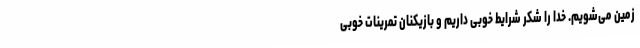
زمین می‌شویم. خدا را شکر شرایط خوبی داریم و بازیکنان تمرینات خوبی